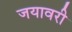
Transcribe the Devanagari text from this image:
जयावरी